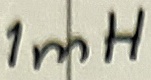
Text: 1mH